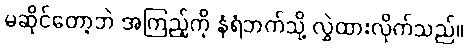
မဆိုင်တော့ဘဲ အကြည့်ကို နံရံဘက်သို့ လွှဲထားလိုက်သည်။